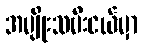
အမျိုးသမီးငယ်မှာ